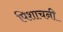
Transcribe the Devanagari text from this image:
पिशाचनी